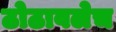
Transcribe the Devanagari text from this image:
ठोठावलेच